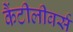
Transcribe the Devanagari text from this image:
कैंटीलीवर्स